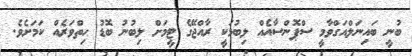
ބުނީ ބައިނަލްއަގްވާމީ ސްޕޮންސާއެއް ލިބުމަކީ ރާއްޖޭގެ ޓީމަށް ލިބުނު ބޮޑު ހިތްވަރެއް ކަމަށެވެ.